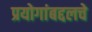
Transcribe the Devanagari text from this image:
प्रयोगांबद्दलचे